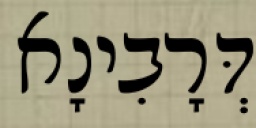
דְּרָבִינָא